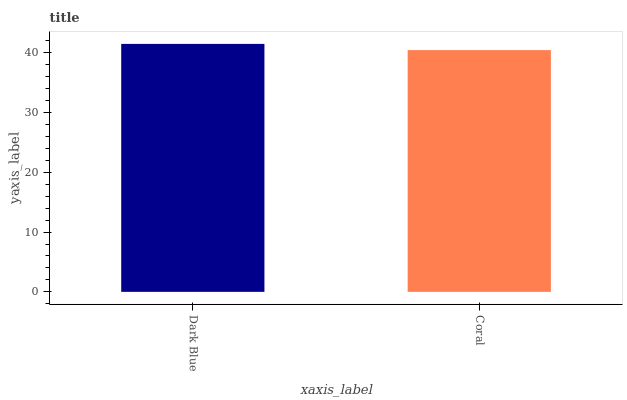
| xaxis_label | bars |
 | --- | --- |
 | Dark Blue | 41.5 |
 | Coral | 40.4 |